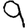
Digit: 9